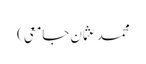
محمد عثمان جامعی)